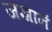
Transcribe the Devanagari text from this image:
जज्ञानं